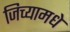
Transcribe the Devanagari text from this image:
जिच्यामधे